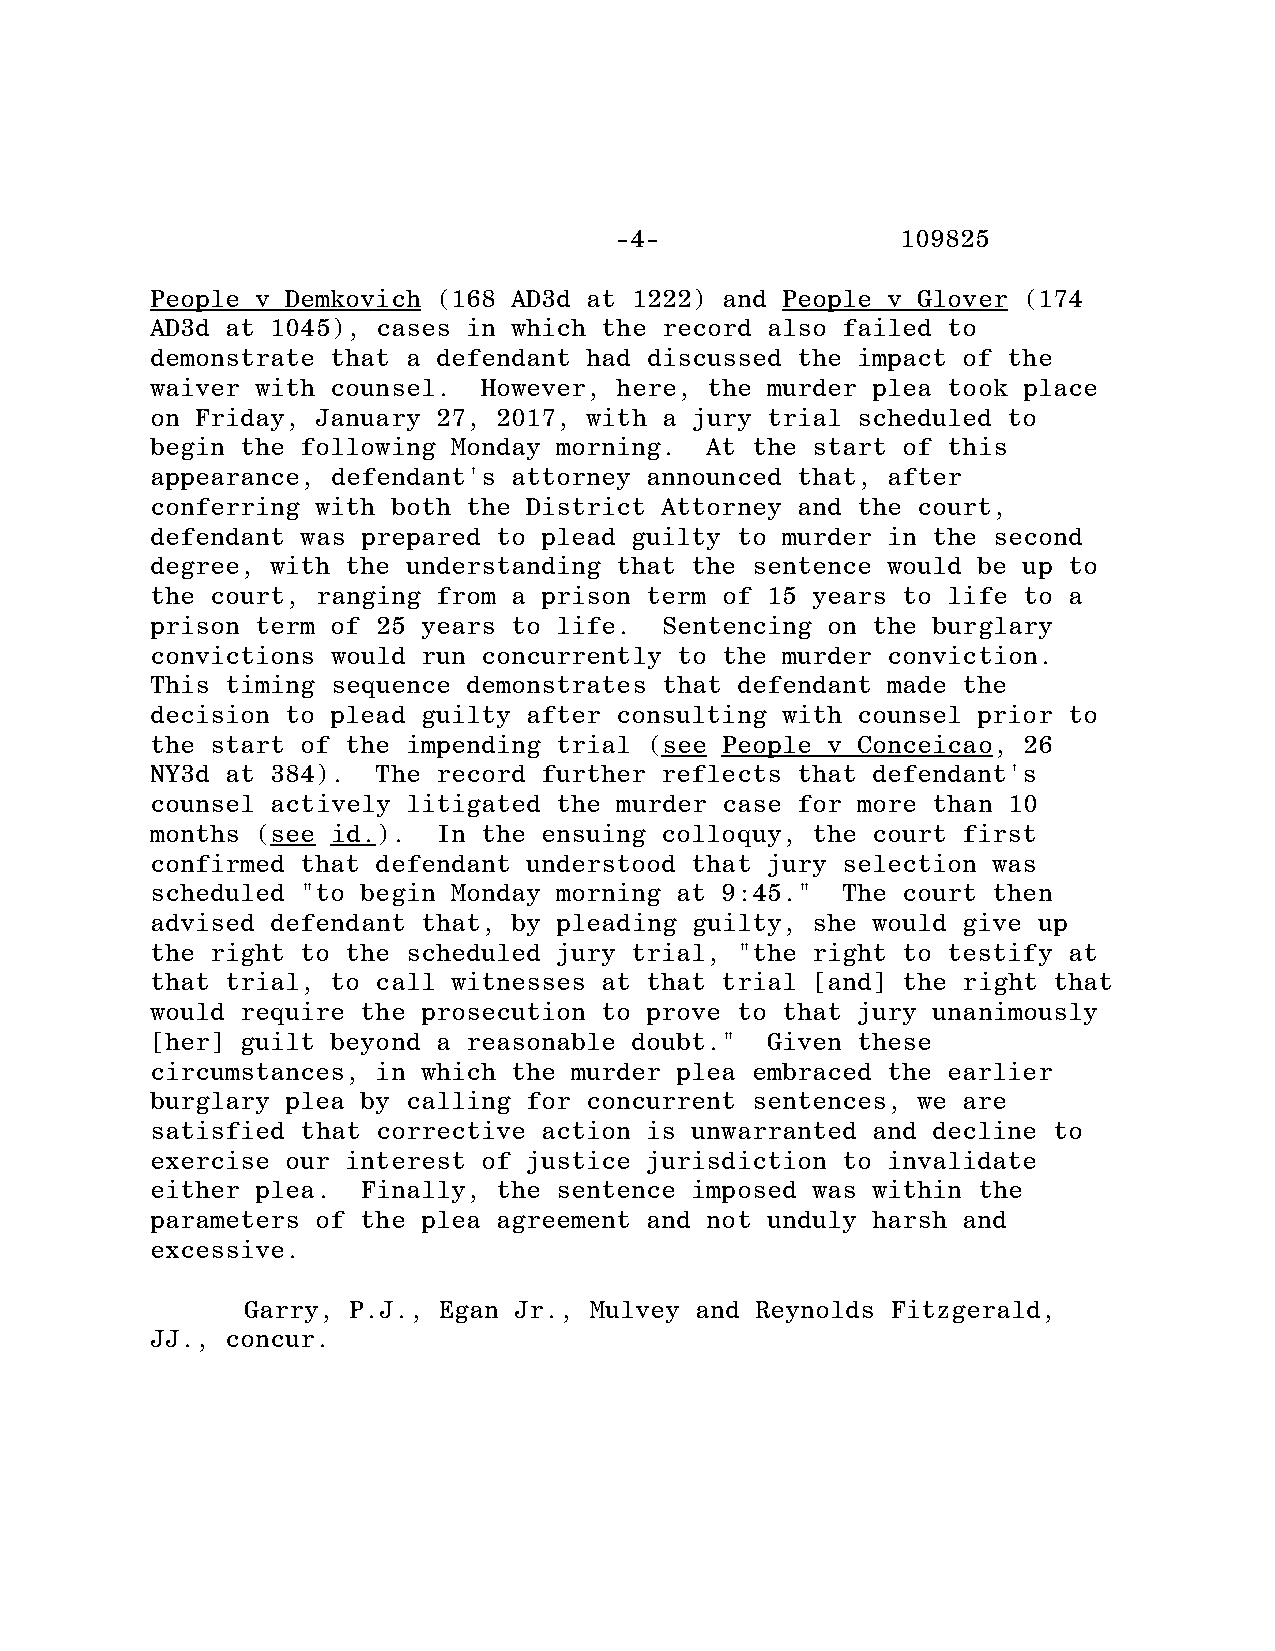
-4-                109825
 People v Demkovich (168 AD3d at 1222) and People v Glover (174
 AD3d at 1045), cases in which the record also failed to
 demonstrate that a defendant had discussed the impact of the
 waiver with counsel.  However, here, the murder plea took place
 on Friday, January 27, 2017, with a jury trial scheduled to
 begin the following Monday morning.  At the start of this
 appearance, defendant's attorney announced that, after
 conferring with both the District Attorney and the court,
 defendant was prepared to plead guilty to murder in the second
 degree, with the understanding that the sentence would be up to
 the court, ranging from a prison term of 15 years to life to a
 prison term of 25 years to life.  Sentencing on the burglary
 convictions would run concurrently to the murder conviction.
 This timing sequence demonstrates that defendant made the
 decision to plead guilty after consulting with counsel prior to
 the start of the impending trial (see People v Conceicao, 26
 NY3d at 384).  The record further reflects that defendant's
 counsel actively litigated the murder case for more than 10
 months (see id.).  In the ensuing colloquy, the court first
 confirmed that defendant understood that jury selection was
 scheduled "to begin Monday morning at 9:45."  The court then
 advised defendant that, by pleading guilty, she would give up
 the right to the scheduled jury trial, "the right to testify at
 that trial, to call witnesses at that trial [and] the right that
 would require the prosecution to prove to that jury unanimously
 [her] guilt beyond a reasonable doubt."  Given these
 circumstances, in which the murder plea embraced the earlier
 burglary plea by calling for concurrent sentences, we are
 satisfied that corrective action is unwarranted and decline to
 exercise our interest of justice jurisdiction to invalidate
 either plea.  Finally, the sentence imposed was within the
 parameters of the plea agreement and not unduly harsh and
 excessive.
 Garry, P.J., Egan Jr., Mulvey and Reynolds Fitzgerald,
 JJ., concur.